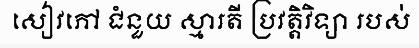
សៀវភៅ ជំនួយ ស្មារតី ប្រវត្តិវិទ្យា របស់